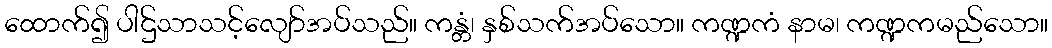
ထောက်၍ ပါဌ်သာသင့်လျော်အပ်သည်။ ကန္တံ၊ နှစ်သက်အပ်သော။ ကဏ္ဍကံ နာမ၊ ကဏ္ဍကမည်သော။